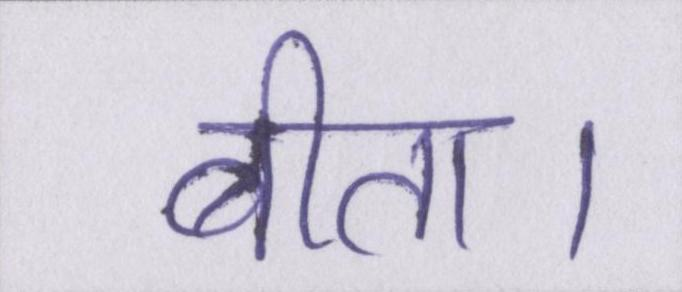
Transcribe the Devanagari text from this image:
बीता।